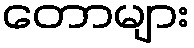
တောများ